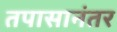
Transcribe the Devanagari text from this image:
तपासानंतर